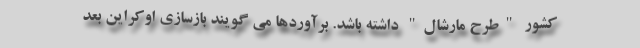
کشور "طرح مارشال" داشته باشد. برآوردها می گویند بازسازی اوکراین بعد